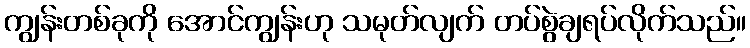
ကျွန်းတစ်ခုကို အောင်ကျွန်းဟု သမုတ်လျက် တပ်စွဲချရပ်လိုက်သည်။